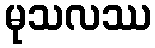
မုသလဿ